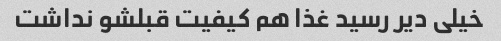
خیلی دیر رسید غذا هم کیفیت قبلشو نداشت